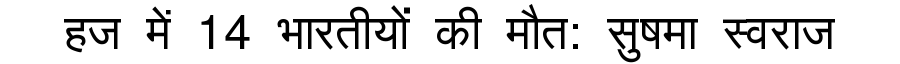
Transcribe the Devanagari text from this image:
हज में 14 भारतीयों की मौत: सुषमा स्वराज